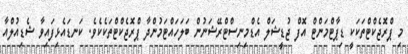
މި ޕްރޮޖެކްޓްތަކަކީ ޑިޕާޓްމަންޓް އޮފް ޖުޑީޝަލް އެޑްމިނިސްޓްރޭޝަނުން ބަލަހައްޓަމުންދާ ޕްރޮޖެކްޓްތަކެކެވެ. ކަނޑައެޅިފައިވާ ޝެޑިއުލްއާ